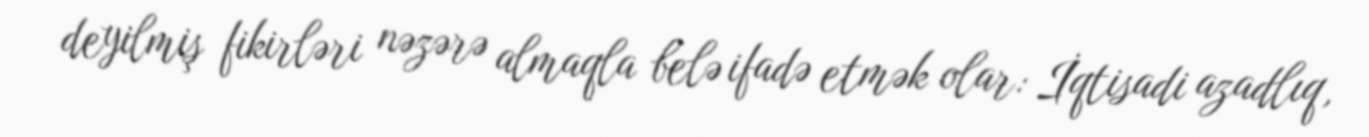
deyilmiş fikirləri nəzərə almaqla belə ifadə etmək olar: İqtisadi azadlıq,